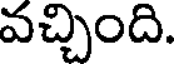
వచ్చింది.